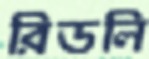
রিডলি